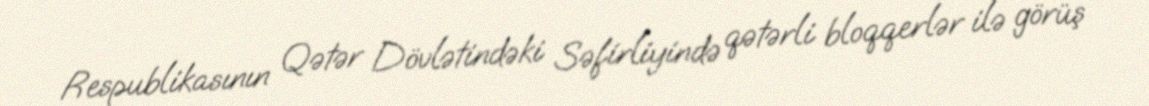
Respublikasının Qətər Dövlətindəki Səfirliyində qətərli bloqqerlər ilə görüş